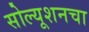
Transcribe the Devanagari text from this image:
सोल्यूशनचा